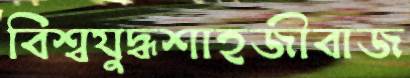
বিশ্বযুদ্ধশাহজীবাজ